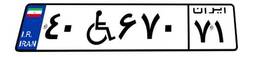
۷۳W۵۳۸۵۲